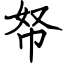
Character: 帑